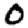
Digit: 0